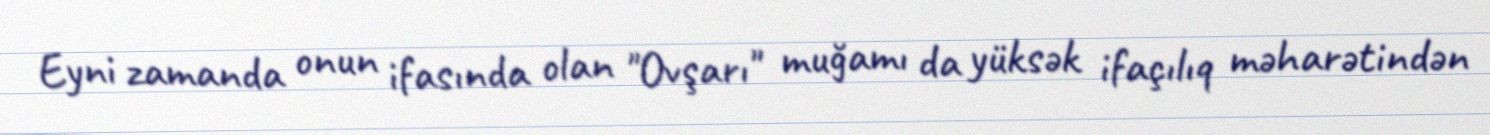
Eyni zamanda onun ifasında olan "Ovşarı" muğamı da yüksək ifaçılıq məharətindən